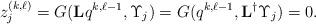
LaTeX: \begin{align*}z^{(k,\ell)}_j =G(\mathbf{L}q^{k,\ell-1},\Upsilon_j)=G(q^{k,\ell-1},\mathbf{L}^\dagger\Upsilon_j)=0.\end{align*}